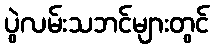
ပွဲလမ်းသဘင်များတွင်